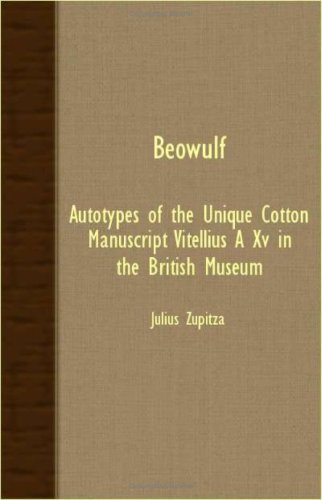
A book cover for Beowulf - Autotypes Of The Unique Cotton Manuscript Vitellius A XV In The British Museum; Julius Zupitza; Literature & Fiction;